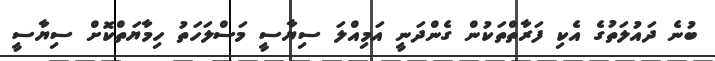
ބުނެ ދައުލަތުގެ އެކި ފަރާތްތަކުން ގެންދަނީ އަމިއްލަ ސިޔާސީ މަސްލަހަތު ހިމާޔަތްކޮށް ސިޔާސީ